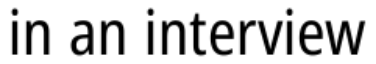
in an interview